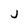
Character: J